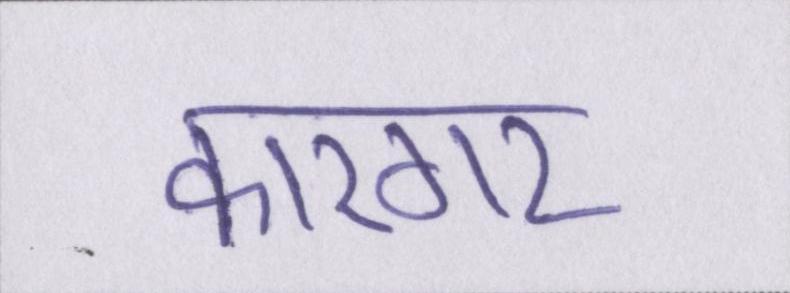
कारगर